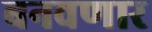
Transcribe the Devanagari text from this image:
बनवणार